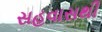
સહવાસથી